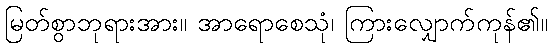
မြတ်စွာဘုရားအား။ အာရောစေသုံ၊ ကြားလျှောက်ကုန်၏။